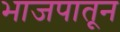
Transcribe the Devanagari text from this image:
भाजपातून